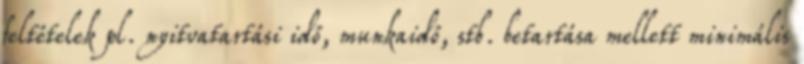
feltételek pl. nyitvatartási idő, munkaidő, stb. betartása mellett minimális